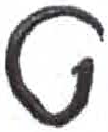
אות: ט